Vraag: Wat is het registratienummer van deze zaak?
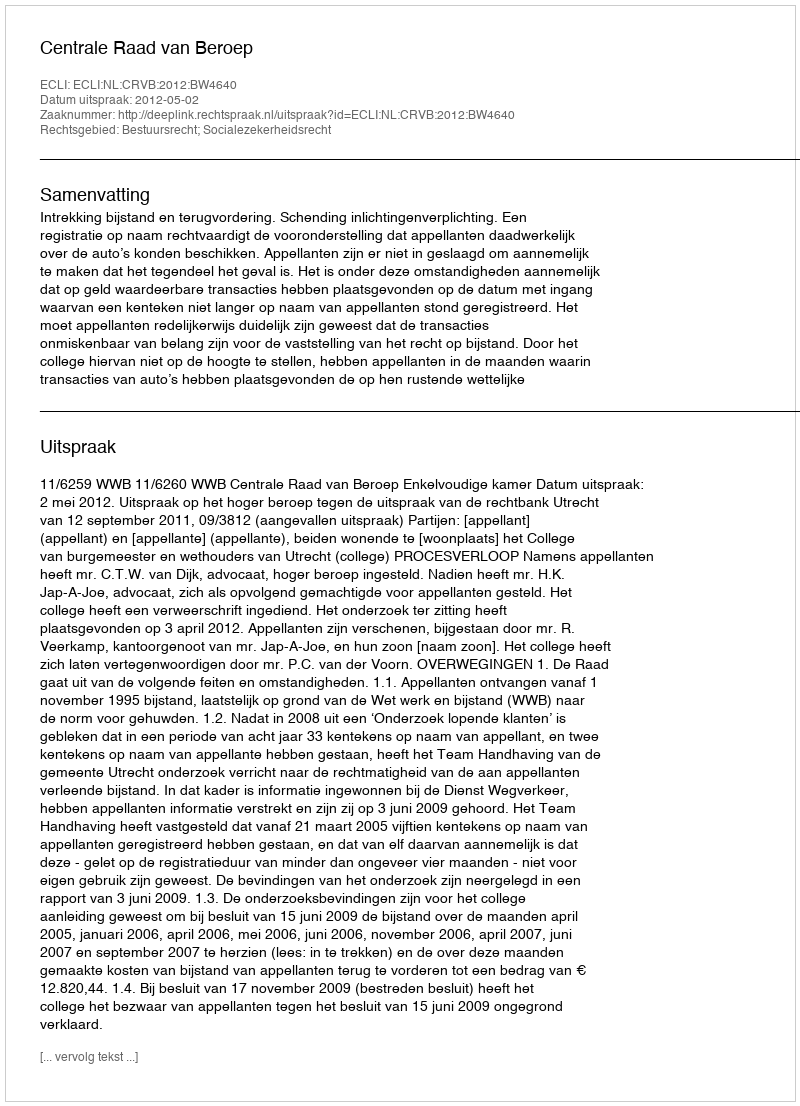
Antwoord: http://deeplink.rechtspraak.nl/uitspraak?id=ECLI:NL:CRVB:2012:BW4640